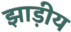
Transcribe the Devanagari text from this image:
झाड़ीय